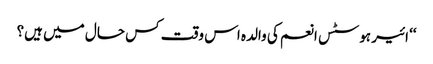
‘‘ ائیر ہوسٹس انعم کی والدہ اس وقت کس حال میں ہیں؟